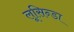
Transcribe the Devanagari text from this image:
लूसिन्डा